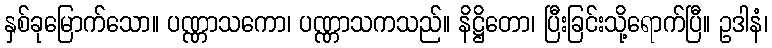
နှစ်ခုမြောက်သော။ ပဏ္ဏာသကော၊ ပဏ္ဏာသကသည်။ နိဋ္ဌိတော၊ ပြီးခြင်းသို့ရောက်ပြီ။ ဥဒါနံ၊